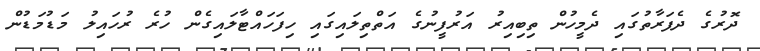
ދޮރުގެ ދެފަރާތުގައި ދެމީހުން ތިބިއިރު އަރުފީނުގެ އަތްތިލައިގައި ހިފަހައްޓާލައިގެން ހުރެ ރުހައިލު މަޑުމަޑުން